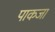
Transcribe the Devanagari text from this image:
पाकजा